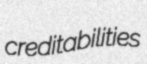
creditabilities